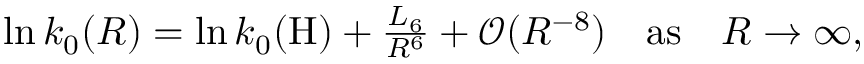
\begin{array} { r } { \ln k _ { 0 } ( R ) = \ln k _ { 0 } ( \mathrm { H } ) + \frac { L _ { 6 } } { R ^ { 6 } } + \mathcal { O } ( R ^ { - 8 } ) \quad \mathrm { a s } \quad R \rightarrow \infty , } \end{array}